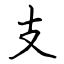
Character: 支